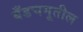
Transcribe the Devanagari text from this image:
बँडचमूतील